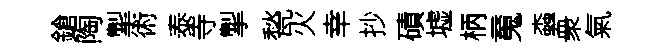
鎗陶掣術泰寺掣甃火幸抄磧墟柄䰟螙衆氣